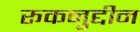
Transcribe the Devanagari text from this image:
रूकनुद्दीन